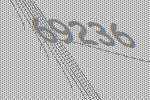
69236